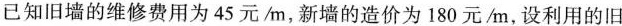
已知旧墙的维修费用为45元/m，新墙的造价为180元/m，设利用的旧